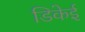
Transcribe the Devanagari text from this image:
डिकेई